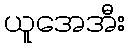
ယူအေအီး